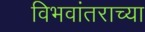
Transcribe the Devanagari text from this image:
विभवांतराच्या